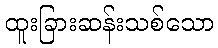
ထူးခြားဆန်းသစ်သော